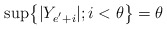
\begin{align*}\sup\bigr\{|Y_{e^{'}+i}|;i<\theta\bigr\}=\theta\end{align*}